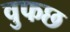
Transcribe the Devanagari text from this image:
वुफछ